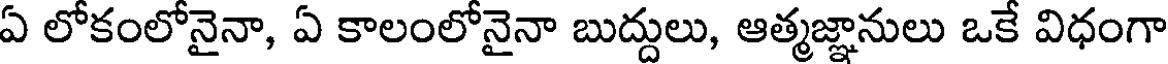
ఏ లోకంలోనైనా, ఏ కాలంలోనైనా బుద్దులు, ఆత్మజ్ఞానులు ఒకే విధంగా